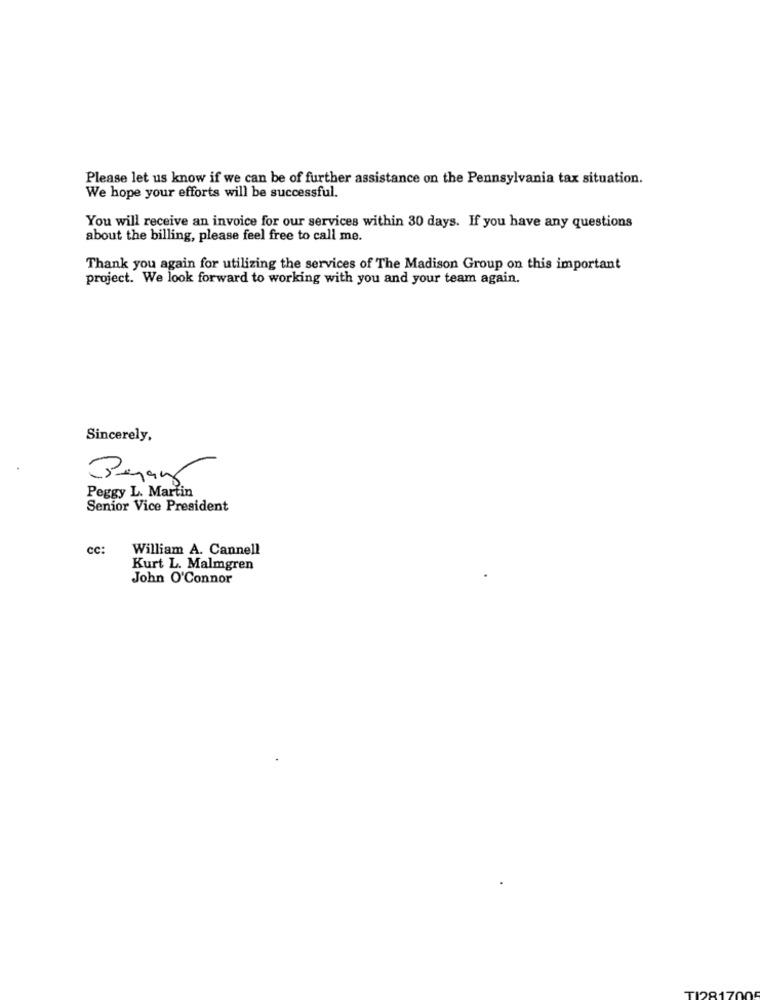
Please let us know if we can be of further assistance on the Pennsylvania tax situation.
We hope your efforts will be successful.
You will receive an invoice for our services within 30 days. If you have any questions
about the billing, please feel free to call me.
Thank you again for utilizing the services of The Madison Group on this important
project. We look forward to working with you and your team again.
Sincerely,
Peggy L. Martin
Senior Vice President
cc:
William A. Cannell
Kurt L. Malmgren
John O'Connor